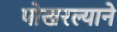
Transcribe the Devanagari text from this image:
पोखरल्याने